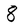
Character: 8